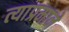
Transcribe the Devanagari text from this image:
त्याप्रमाने